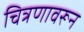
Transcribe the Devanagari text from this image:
चित्रणावरून